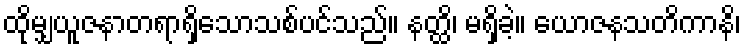
ထိုမျှယူဇနာတရာရှိသောသစ်ပင်သည်။ နတ္ထိ၊ မရှိခဲ့။ ယောဇနသတိကာနိ၊